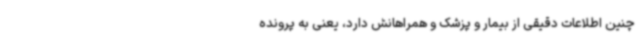
چنین اطلاعات دقیقی از بیمار و پزشک و همراهانش دارد، یعنی به پرونده